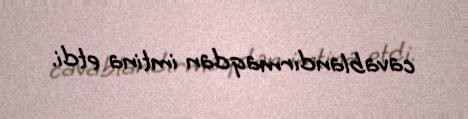
cavablandırmaqdan imtina etdi.